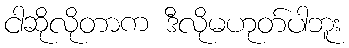
ငါဆိုလိုတာက ဒီလိုမဟုတ်ပါဘူး